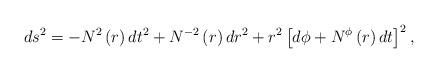
LaTeX: \begin{align*}ds^{2}=-N^{2}\left( r\right) dt^{2}+N^{-2}\left( r\right) dr^{2}+r^{2}\left[d\phi +N^{\phi }\left( r\right) dt\right] ^{2},\end{align*}